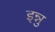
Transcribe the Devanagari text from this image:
इन्नु